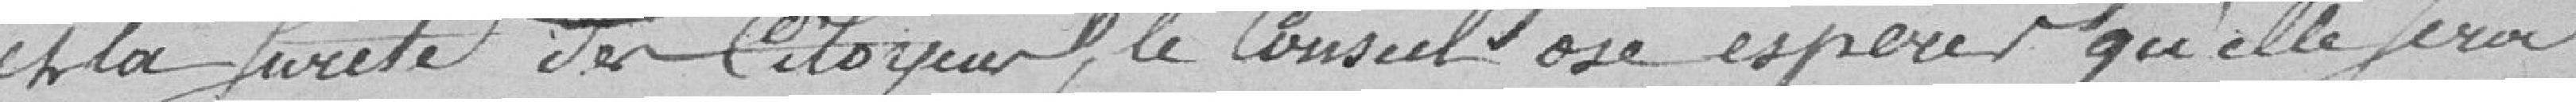
et la sureté des citoyen, le Conseil ose espérer qu'elle sera